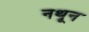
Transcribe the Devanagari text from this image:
नथून